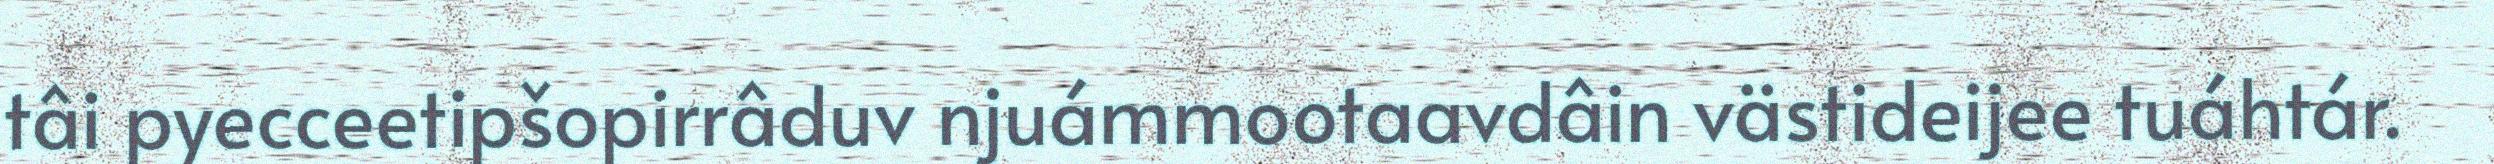
tâi pyecceetipšopirrâduv njuámmootaavdâin västideijee tuáhtár.